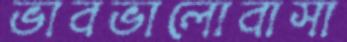
ভাবভালোবাসা